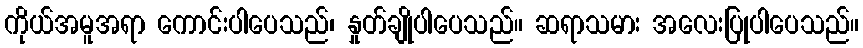
ကိုယ်အမူအရာ ကောင်းပါပေသည်၊ နှုတ်ချိုပါပေသည်။ ဆရာသမား အလေးပြုပါပေသည်။